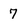
Character: 7